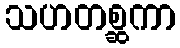
သဟတစ္ဆကာ